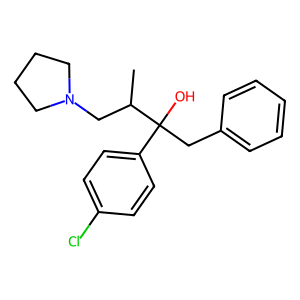
SMILES: CC(CN1CCCC1)C(O)(Cc1ccccc1)c1ccc(Cl)cc1
Inhibits HIV replication: No